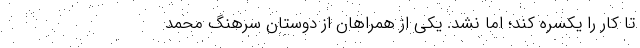
تا کار را یکسره کند؛ اما نشد. یکی از همراهان از دوستان سرهنگ محمد